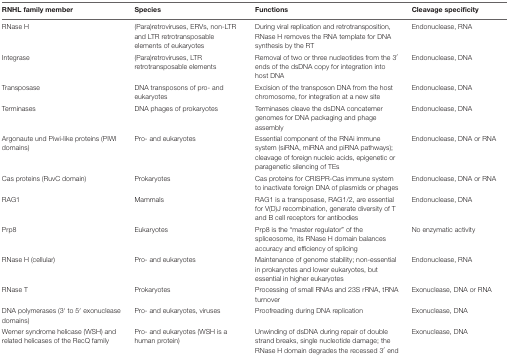
| RNHL family member | Species | Functions | Cleavage specificity |
 | --- | --- | --- | --- |
 | RNase H | (Para)retroviruses, ERVs, non-LTR and LTR retrotransposable elements of eukaryotes | During viral replication and retrotransposition, RNase H removes the RNA template for DNA synthesis by the RT | Endonuclease, RNA |
 | Integrase | (Para)retroviruses, LTR retrotransposable elements | Removal of two or three nucleotides from the 3′ ends of the dsDNA copy for integration into host DNA | Endonuclease, DNA |
 | Transposase | DNA transposons of pro- and eukaryotes | Excision of the transposon DNA from the host chromosome, for integration at a new site | Endonuclease, DNA |
 | Terminases | DNA phages of prokaryotes | Terminases cleave the dsDNA concatemer genomes for DNA packaging and phage assembly | Endonuclease, DNA |
 | Argonaute und Piwi-like proteins (PIWI domains) | Pro- and eukaryotes | Essential component of the RNAi immune system (siRNA, miRNA and piRNA pathways); cleavage of foreign nucleic acids, epigenetic or paragenetic silencing of TEs | Endonuclease, DNA or RNA |
 | Cas proteins (RuvC domain) | Prokaryotes | Cas proteins for CRISPR-Cas immune system to inactivate foreign DNA of plasmids or phages | Endonuclease, DNA or RNA |
 | RAG1 | Mammals | RAG1 is a transposase, RAG1/2, are essential for V(D)J recombination, generate diversity of T and B cell receptors for antibodies | Endonuclease, DNA |
 | Prp8 | Eukaryotes | Prp8 is the “master regulator” of the spliceosome, its RNase H domain balances accuracy and efficiency of splicing | No enzymatic activity |
 | RNase H (cellular) | Pro- and eukaryotes | Maintenance of genome stability; non-essential in prokaryotes and lower eukaryotes, but essential in higher eukaryotes | Endonuclease, RNA |
 | RNase T | Prokaryotes | Processing of small RNAs and 23S rRNA, tRNA turnover | Exonuclease, DNA or RNA |
 | DNA polymerases (3′ to 5′ exonuclease domains) | Pro- and eukaryotes, viruses | Proofreading during DNA replication | Exonuclease, DNA |
 | Werner syndrome helicase (WSH) and related helicases of the RecQ family | Pro- and eukaryotes (WSH is a human protein) | Unwinding of dsDNA during repair of double strand breaks, single nucleotide damage; the RNase H domain degrades the recessed 3′ end | Exonuclease, DNA |